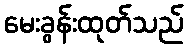
မေးခွန်းထုတ်သည်